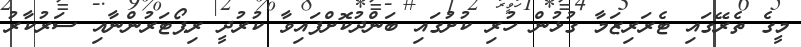
މީގެ ތެރޭގައި ޓެރަރިޒަމާ ގުޅުން ހުރި ކުށުގައި ބަންދުކޮށްފައިވާ ކުރުދީ ރިޕޯޓަރުންނާއި ސަރުކާރު